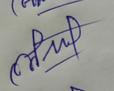
Signature authenticity: forged